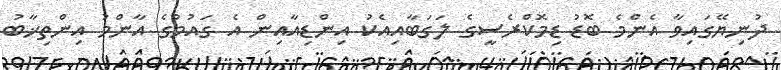
ދުނިޔޭގައިވާ އެންމެ ބޮޑު ޑިމޮކްރެސީގެ ލަގަބާއިއެކު އިންޑިއާއިން އެ ގައުމުގެ އާންމު އިންތިޚާބު